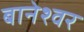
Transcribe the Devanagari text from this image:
बानेश्वर